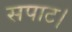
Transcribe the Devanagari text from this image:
सपाट।